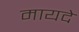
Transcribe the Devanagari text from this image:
मायदे